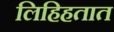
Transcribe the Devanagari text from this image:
लिहिहतात